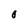
Character: O